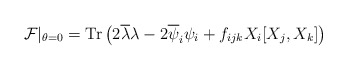
\begin{align*}{\cal F}\vert_{\theta=0} = {\rm Tr} \left(2 \overline{\lambda}\lambda - 2 \overline{\psi}_i \psi_i + f_{ijk} X_i [X_j,X_k] \right)\end{align*}